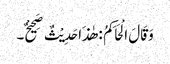
وَقَالَ الْحَاکِمُ : ھٰذَا حَدِیْثٌ صَحِیْحٌ۔